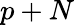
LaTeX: p+N